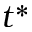
t ^ { * }